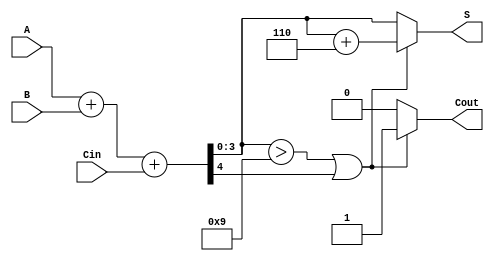
module BCD_Parallel_Adder (
    input  [3:0] A,      // First BCD digit
    input  [3:0] B,      // Second BCD digit
    input        Cin,     // Carry input
    output reg [3:0] S,   // BCD sum output
    output reg Cout       // Carry output
);

    wire [4:0] Sum;       // 5-bit sum to accommodate carry
    wire correction_needed; // Flag for correction

    // Step 1: Binary addition of A, B, and Cin
    assign Sum = A + B + Cin;

    // Step 2: Determine if correction is needed
    assign correction_needed = (Sum[3:0] > 4'b1001) || Sum[4];

    // Step 3: Generate the BCD output and carry out
    always @(*) begin
        if (correction_needed) begin
            S = Sum[3:0] + 4'b0110; // Add 6 for correction
            Cout = 1;               // Set carry out
        end else begin
            S = Sum[3:0];           // No correction needed
            Cout = 0;               // No carry out
        end
    end

endmodule